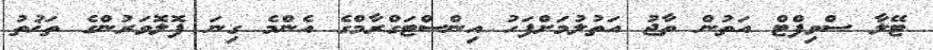
ޓޭލާ ސްވިފްޓް އަތުން ތާޖު އަތުލުމަށްފަހު އިންސްޓަގްރާމްގެ އެންމެ ގިނަ ފޮލޮވަރުންގެ ތަޚުތު